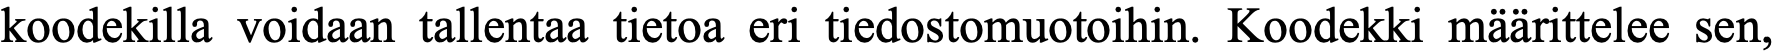
koodekilla voidaan tallentaa tietoa eri tiedostomuotoihin. Koodekki määrittelee sen,